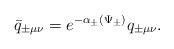
LaTeX: \begin{align*}\bar{q}_{\pm\mu\nu}=e^{-\alpha_{\pm}(\Psi_{\pm})}q_{\pm\mu\nu}.\end{align*}